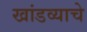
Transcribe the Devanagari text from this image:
खांडव्याचे